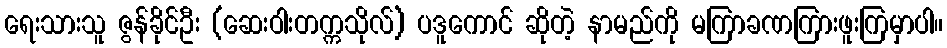
ရေးသားသူ ဇွန်ခိုင်ဦး (ဆေးဝါးတက္ကသိုလ်) ပဒူကောင် ဆိုတဲ့ နာမည်ကို မကြာခဏကြားဖူးကြမှာပါ။